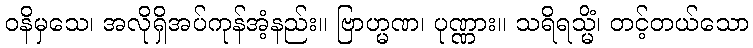
ဝနိမှသေ၊ အလိုရှိအပ်ကုန်အံ့နည်း။ ဗြာဟ္မဏ၊ ပုဏ္ဏား။ သရိရသ္မိံ၊ တင့်တယ်သော